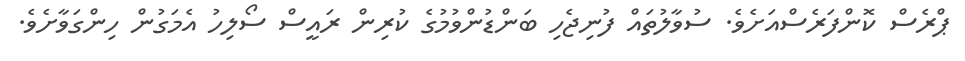
ޕްރެސް ކޮންފަރެސްއަށެވެ. ސުވާލުތައް ފުނިޖެހި ބަންޑުންވުމުގެ ކުރިން ރައީސް ސޯލިހު އެމަގުން ހިންގަވާށެވެ.